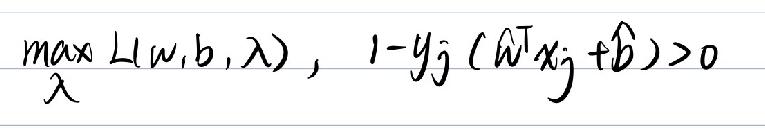
\(\max_{\lambda} L(w,b,\lambda),\ 1 - y_j(\hat{w}^T x_j + \hat{b})>0\)